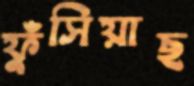
ফুঁসিয়াছ